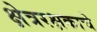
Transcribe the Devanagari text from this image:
क्षेत्ररक्षकाचे